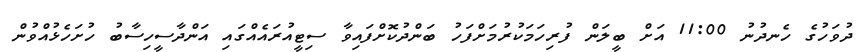
ދުވަހުގެ ހެނދުނު 11:00 އަށް ބީލަން ފުރިހަމަކުރުމަށްފަހު ބަންދުކޮށްފައިވާ ސިޓީއުރައެއްގައި އަންދާސީހިސާބު ހުށަހެޅުއްވުން